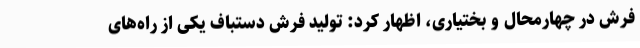
فرش در چهارمحال و بختیاری، اظهار کرد: تولید فرش دستباف یکی از راه‌های